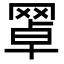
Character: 𦋚